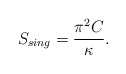
\begin{align*}S_{sing} = {\pi^2 C \over \kappa}.\end{align*}